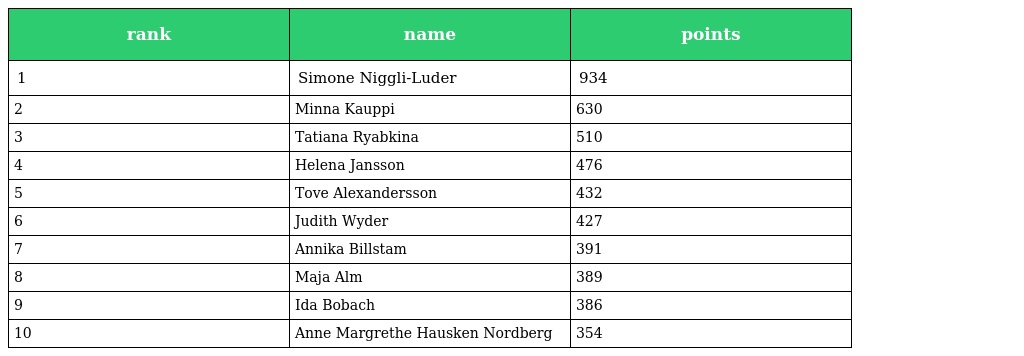
| rank | name | points |
 | --- | --- | --- |
 | 1 | Simone Niggli-Luder | 934 |
 | 2 | Minna Kauppi | 630 |
 | 3 | Tatiana Ryabkina | 510 |
 | 4 | Helena Jansson | 476 |
 | 5 | Tove Alexandersson | 432 |
 | 6 | Judith Wyder | 427 |
 | 7 | Annika Billstam | 391 |
 | 8 | Maja Alm | 389 |
 | 9 | Ida Bobach | 386 |
 | 10 | Anne Margrethe Hausken Nordberg | 354 |